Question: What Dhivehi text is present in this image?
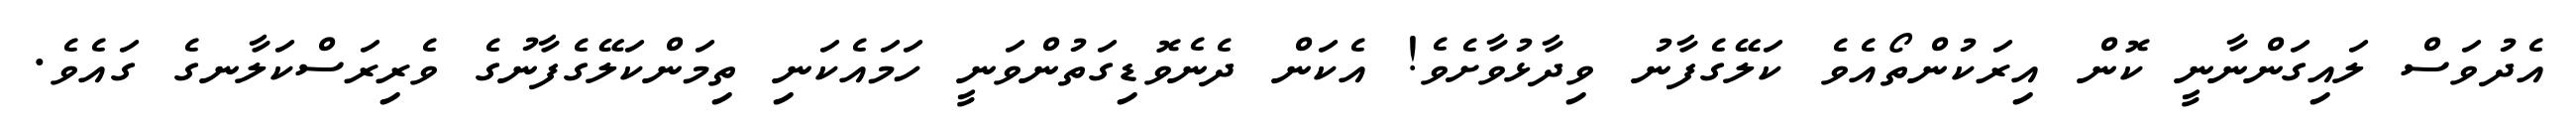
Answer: އެދުވަސް ލައިގަންނާނީ ކޮން އިރަކުންތޯއެވެ ކަލޭގެފާނު ވިދާޅުވާށެވެ! އެކަން ދެނެވޮޑިގަތުންވަނީ ހަމައެކަނި ތިމަންކަލޭގެފާނުގެ ވެރިރަސްކަލާނގެ ގައެވެ.